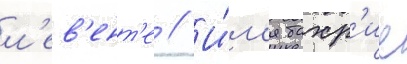
л'ев'ент'е // И́м'я бахр'ие